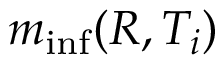
m _ { \operatorname* { i n f } } ( R , T _ { i } )